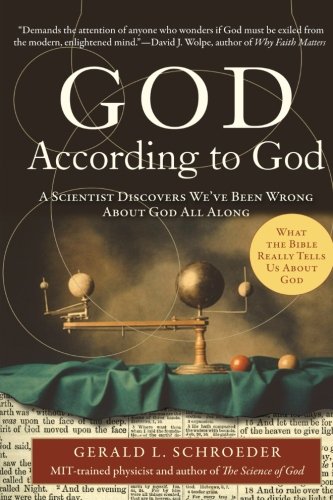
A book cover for God According to God: A Scientist Discovers We've Been Wrong About God All Along; Gerald Schroeder; Science & Math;